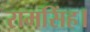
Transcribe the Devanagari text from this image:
रामसिंह।